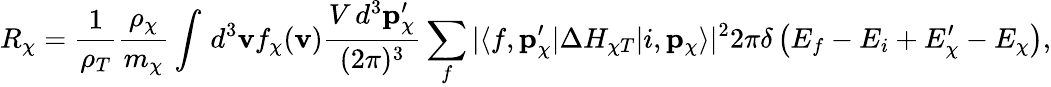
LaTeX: R_{\chi}=\frac{1}{\rho_{T}}\frac{\rho_{\chi}}{m_{\chi}}\int\, d^{3}\mathbf{v}f_{\chi}(\mathbf{v})\frac{V\, d^{3}\mathbf{p}_{\chi}^{\prime}}{(2\pi)^{3}}\sum_{f}|\langle f,\mathbf{p}_{\chi}^{\prime}|\Delta H_{\chi T}|i,\mathbf{p}_{\chi}\rangle|^{2}2\pi\delta\left(E_{f}-E_{i}+E_{\chi}^{\prime}-E_{\chi}\right),